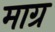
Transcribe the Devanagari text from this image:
माग्र